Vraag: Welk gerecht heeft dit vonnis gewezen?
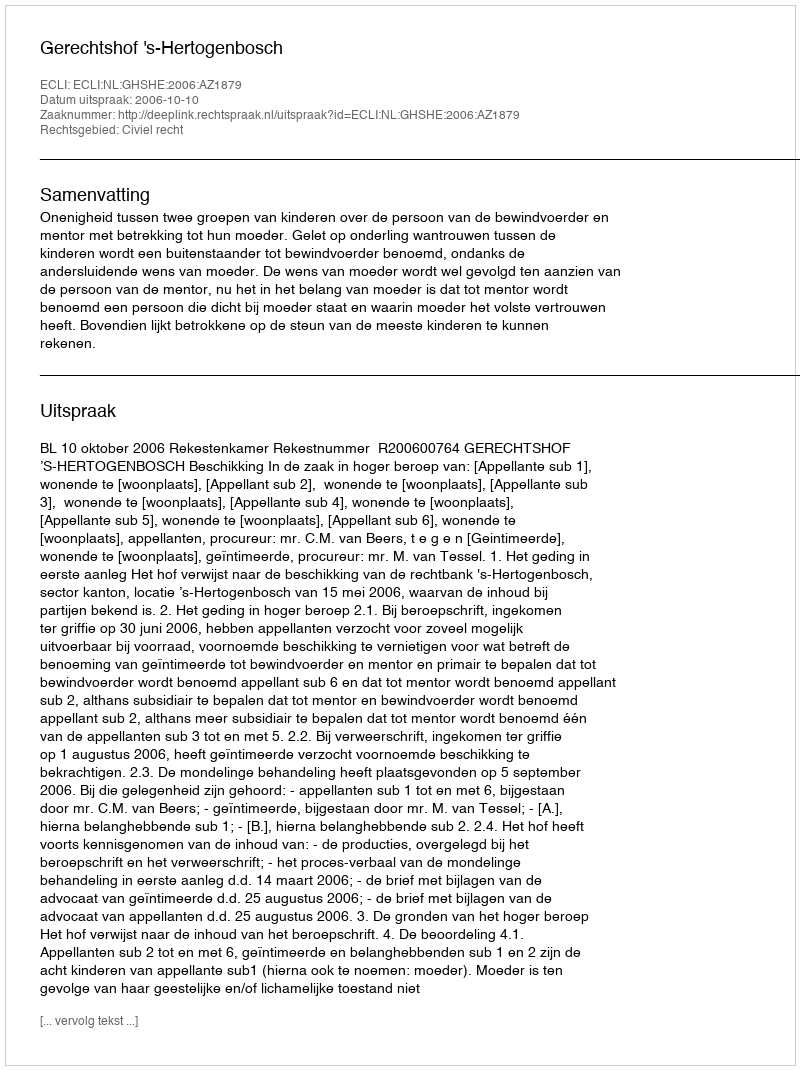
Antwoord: Gerechtshof 's-Hertogenbosch